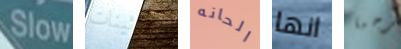
Slow الثلاثينات الحانه انها مرحبا